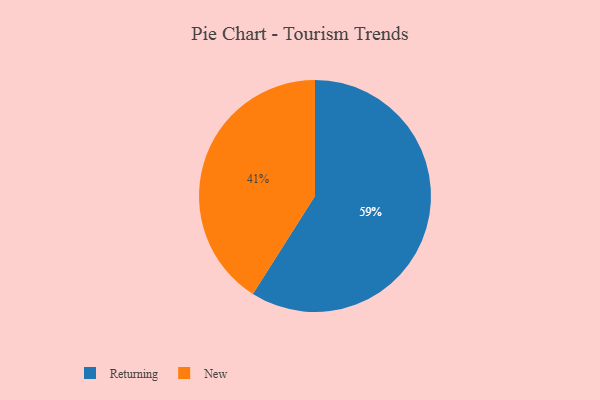
{"axis": {"x": "Category", "y": "Percentage"}, "legend": ["New", "Returning"], "data": [{"x": "New", "y": 41, "type": "New"}, {"x": "Returning", "y": 59, "type": "Returning"}]}